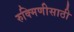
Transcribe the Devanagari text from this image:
रुक्मिणीसाठी